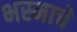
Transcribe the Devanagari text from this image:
भस्माचे